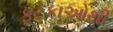
ફટકાઓથી